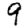
Digit: 9